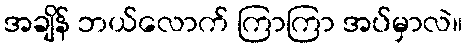
အချိန် ဘယ်လောက် ကြာကြာ အပ်မှာလဲ။